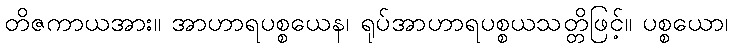
တိဇကာယအား။ အာဟာရပစ္စယေန၊ ရုပ်အာဟာရပစ္စယသတ္တိဖြင့်။ ပစ္စယော၊